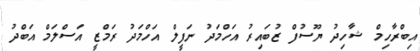
އިބްރާހިމް ޝާހިދު ޔޫސުފް ޒުބައިރު އަހްމަދު ނަފީލް އަހްމަދު ރަމްޒީ އަސްލަމް އަބްދު